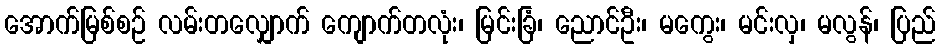
အောက်မြစ်စဉ် လမ်းတလျှောက် ကျောက်တလုံး၊ မြင်းခြံ၊ ညောင်ဦး၊ မကွေး၊ မင်းလှ၊ မလွန်၊ ပြည်